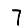
Digit: 7